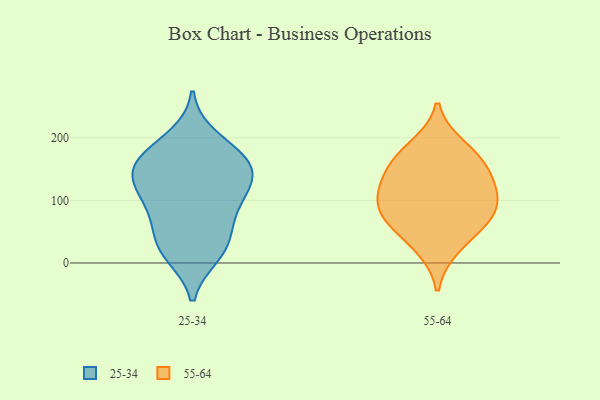
{"axis": {"x": "Revenue (USD Million)", "y": "Value"}, "legend": ["25-34", "55-64"], "data": [{"x": "", "y": 77, "type": "25-34"}, {"x": "", "y": 123, "type": "25-34"}, {"x": "", "y": 166, "type": "25-34"}, {"x": "", "y": 129, "type": "25-34"}, {"x": "", "y": 23, "type": "25-34"}, {"x": "", "y": 14, "type": "25-34"}, {"x": "", "y": 109, "type": "25-34"}, {"x": "", "y": 171, "type": "25-34"}, {"x": "", "y": 53, "type": "25-34"}, {"x": "", "y": 24, "type": "25-34"}, {"x": "", "y": 146, "type": "25-34"}, {"x": "", "y": 200, "type": "25-34"}, {"x": "", "y": 166, "type": "25-34"}, {"x": "", "y": 147, "type": "25-34"}, {"x": "", "y": 90, "type": "25-34"}, {"x": "", "y": 127, "type": "55-64"}, {"x": "", "y": 187, "type": "55-64"}, {"x": "", "y": 24, "type": "55-64"}, {"x": "", "y": 156, "type": "55-64"}, {"x": "", "y": 105, "type": "55-64"}, {"x": "", "y": 71, "type": "55-64"}, {"x": "", "y": 79, "type": "55-64"}, {"x": "", "y": 114, "type": "55-64"}, {"x": "", "y": 64, "type": "55-64"}, {"x": "", "y": 163, "type": "55-64"}]}